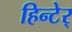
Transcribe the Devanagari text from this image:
हिन्टेर्